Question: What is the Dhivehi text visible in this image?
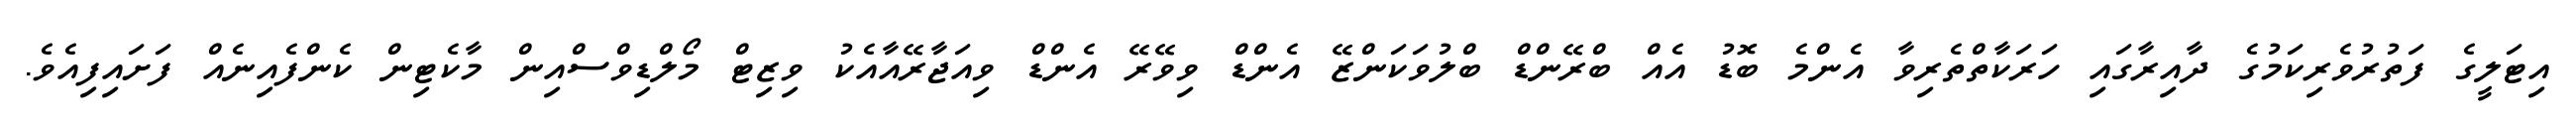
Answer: އިޓަލީގެ ފަތުރުވެރިކަމުގެ ދާއިރާގައި ހަރަކާތްތެރިވާ އެންމެ ބޮޑު އެއް ބްރޭންޑް ބްލުވަކަންޒޭ އެންޑް ވިވޭރޭ އެންޑް ވިއަޖާރޭއާއެކު ވިޒިޓް މޯލްޑިވްސްއިން މާކެޓިން ކެންފެއިނެއް ފަށައިފިއެވެ.